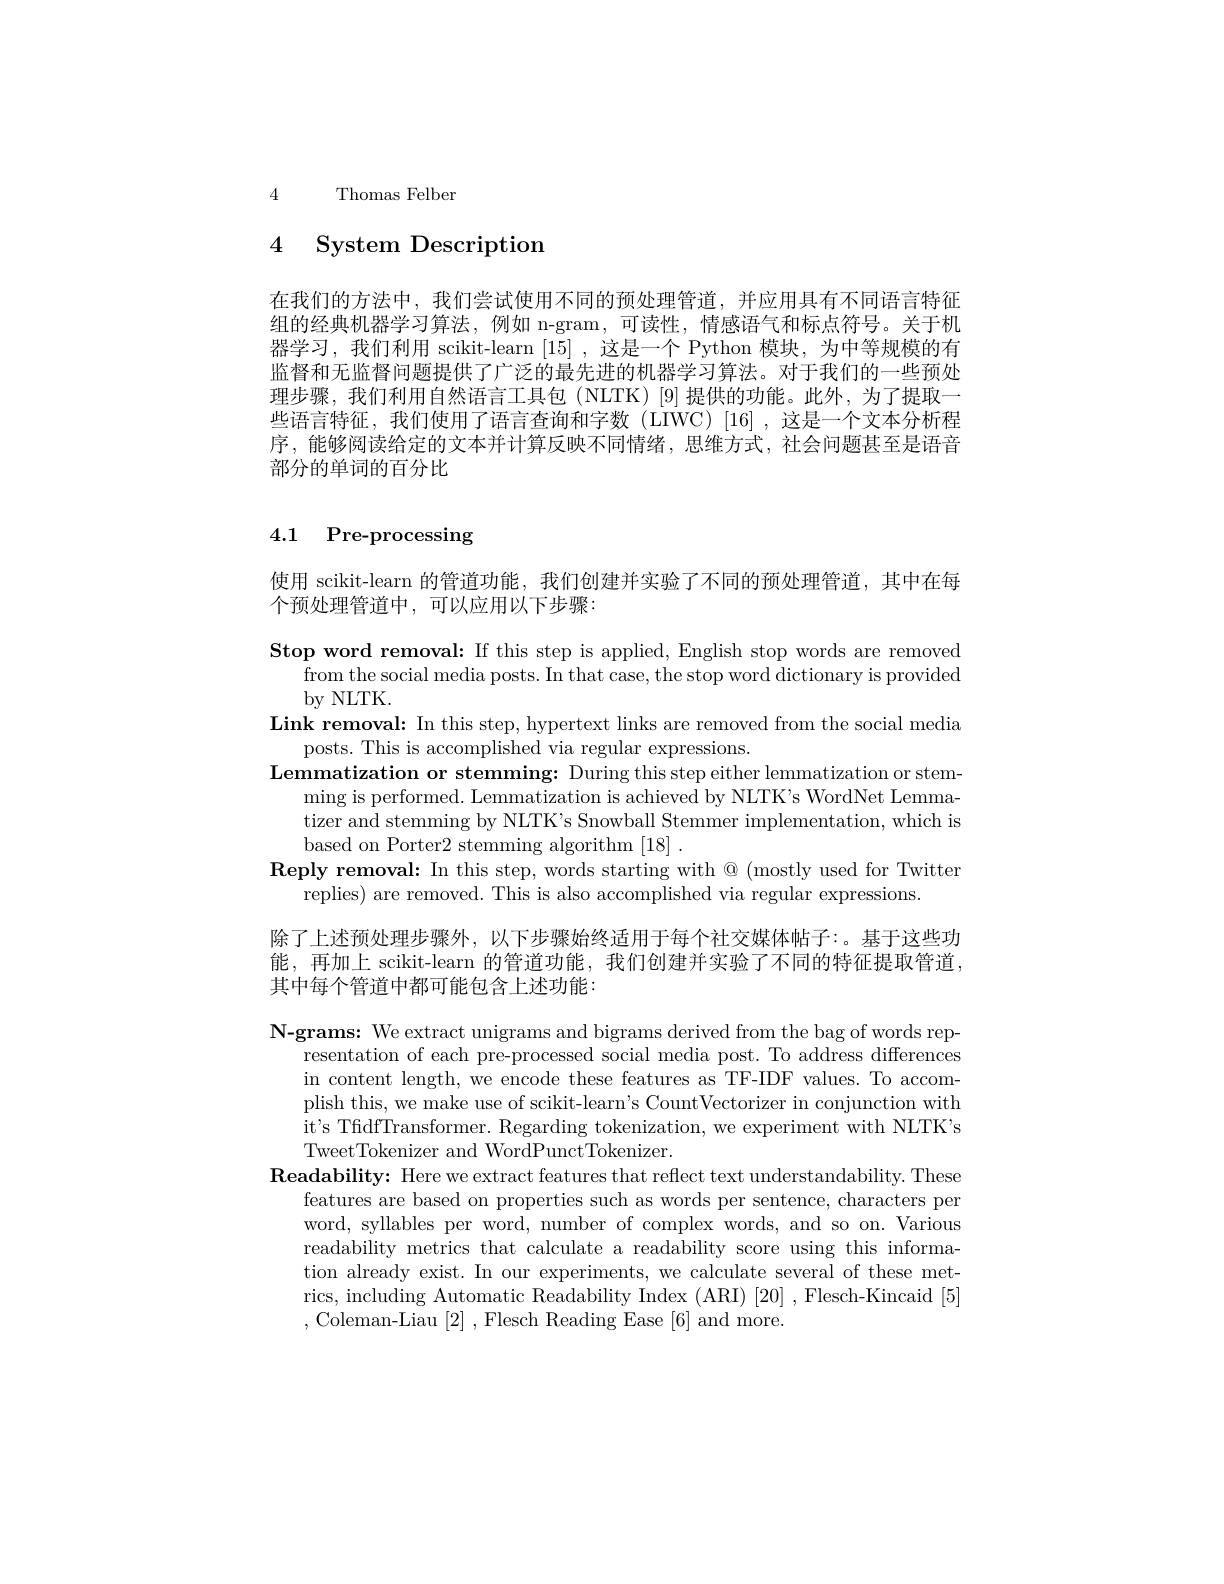
4 Thomas Felber

# 4 System Description

在我们的方法中，我们尝试使用不同的预处理管道，并应用具有不同语言特征组的经典机器学习算法，例如 n-gram,可读性，情感语气和标点符号。关于机器学习，我们利用 scikit-learn [15],这是一个 Python 模块，为中等规模的有监督和无监督问题提供了广泛的最先进的机器学习算法。对于我们的一些预处理步骤，我们利用自然语言工具包(NLTK)[9]提供的功能。此外，为了提取一些语言特征，我们使用了语言查询和字数(LIWC)[16],这是一个文本分析程序，能够阅读给定的文本并计算反映不同情绪，思维方式，社会问题甚至是语音部分的单词的百分比

# 4.1 Pre-processing

使用 scikit-learn 的管道功能，我们创建并实验了不同的预处理管道，其中在每
个预处理管道中，可以应用以下步骤：

Stop word removal: If this step is applied, English stop words are removed
from the social media posts. In that case, the stop word dictionary is provided
by NLTK.
Link removal: In this step, hypertext links are removed from the social media
posts. This is accomplished via regular expressions.
Lemmatization or stemming: During this step either lemmatization or stem-
ming is performed. Lemmatization is achieved by NLTK's WordNet Lemmatizer and stemming by NLTK's Snowball Stemmer implementation, which is based on Porter2 stemming algorithm [18] .
Reply removal: In this step, words starting with @ (mostly used for Twitter
replies) are removed. This is also accomplished via regular expressions.
除了上述预处理步骤外，以下步骤始终适用于每个社交媒体帖子：。基于这些功能，再加上 scikit-learn 的管道功能，我们创建并实验了不同的特征提取管道， 其中每个管道中都可能包含上述功能：

$\textbf{N- grams: We extract unigrams and bigrams derived from the bag of words rep- }$
resentation of each pre-processed social media post. To address differences in content length, we encode these features as TF-IDF values. To accomplish this, we make use of scikit-learn's CountVectorizer in conjunction with it's TfidfTransformer. Regarding tokenization, we experiment with NLTK's TweetTokenizer and WordPunctTokenizer.
$\textbf{Readability: Here we extract features that reflect text understandability. These}$
features are based on properties such as words per sentence, characters per word, syllables per word, number of complex words, and so on. Various readability metrics that calculate a readability score using this information already exist. In our experiments, we calculate several of these metrics, including Automatic Readability Index (ARI) [20] , Flesch-Kincaid [5] ,Coleman-Liau[2],Flesch Reading Ease[6]and more.